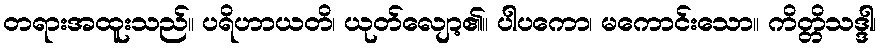
တရားအထူးသည်။ ပရိဟာယတိ၊ ယုတ်လျော့၏။ ပါပကော၊ မကောင်းသော။ ကိတ္တိသဒ္ဒါ၊